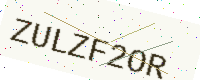
Text: ZULZF2OR